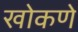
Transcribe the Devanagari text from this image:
खोकणे